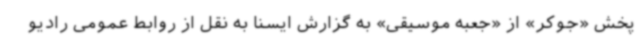
پخش «جوکر» از «جعبه موسیقی» به گزارش ایسنا به نقل از روابط عمومی رادیو